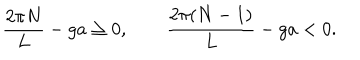
LaTeX: \frac { 2 \pi N } { L } - g a \ge 0 , \qquad \frac { 2 \pi ( N - 1 ) } { L } - g a < 0 .